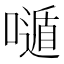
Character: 𡀷